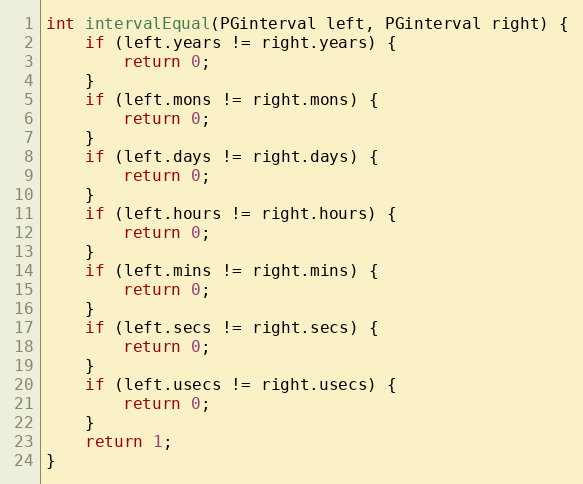
Language: C
int intervalEqual(PGinterval left, PGinterval right) {
	if (left.years != right.years) {
		return 0;
	}
	if (left.mons != right.mons) {
		return 0;
	}
	if (left.days != right.days) {
		return 0;
	}
	if (left.hours != right.hours) {
		return 0;
	}
	if (left.mins != right.mins) {
		return 0;
	}
	if (left.secs != right.secs) {
		return 0;
	}
	if (left.usecs != right.usecs) {
		return 0;
	}
	return 1;
}